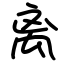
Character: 离